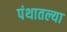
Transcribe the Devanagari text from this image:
पंथातल्या